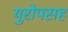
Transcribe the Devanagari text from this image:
युरोपसह